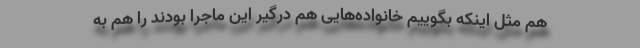
هم مثل اینکه بگوییم خانواده‌هایی هم درگیر این ماجرا بودند را هم به